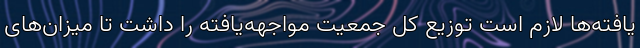
یافته‌ها لازم است توزیع کل جمعیت مواجهه‌یافته را داشت تا میزان‌های